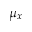
\mu _ { x }